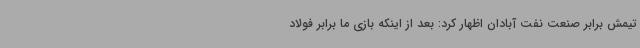
تیمش برابر صنعت نفت آبادان اظهار کرد: بعد از اینکه بازی ما برابر فولاد